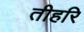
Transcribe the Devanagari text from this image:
तीहरि